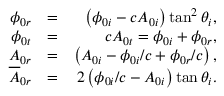
\begin{array} { r l r } { \phi _ { 0 r } } & { = } & { \left( \phi _ { 0 i } - c A _ { 0 i } \right) \tan ^ { 2 } \theta _ { i } , } \\ { \phi _ { 0 t } } & { = } & { c A _ { 0 t } = \phi _ { 0 i } + \phi _ { 0 r } , } \\ { A _ { 0 r } } & { = } & { \left( A _ { 0 i } - \phi _ { 0 i } / c + \phi _ { 0 r } / c \right) , } \\ { \overline { { A } } _ { 0 r } } & { = } & { 2 \left( \phi _ { 0 i } / c - A _ { 0 i } \right) \tan \theta _ { i } . } \end{array}